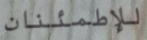
للإطمئنان